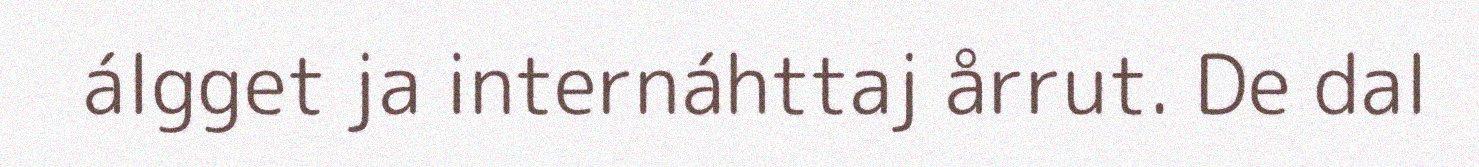
álgget ja internáhttaj årrut. De dal